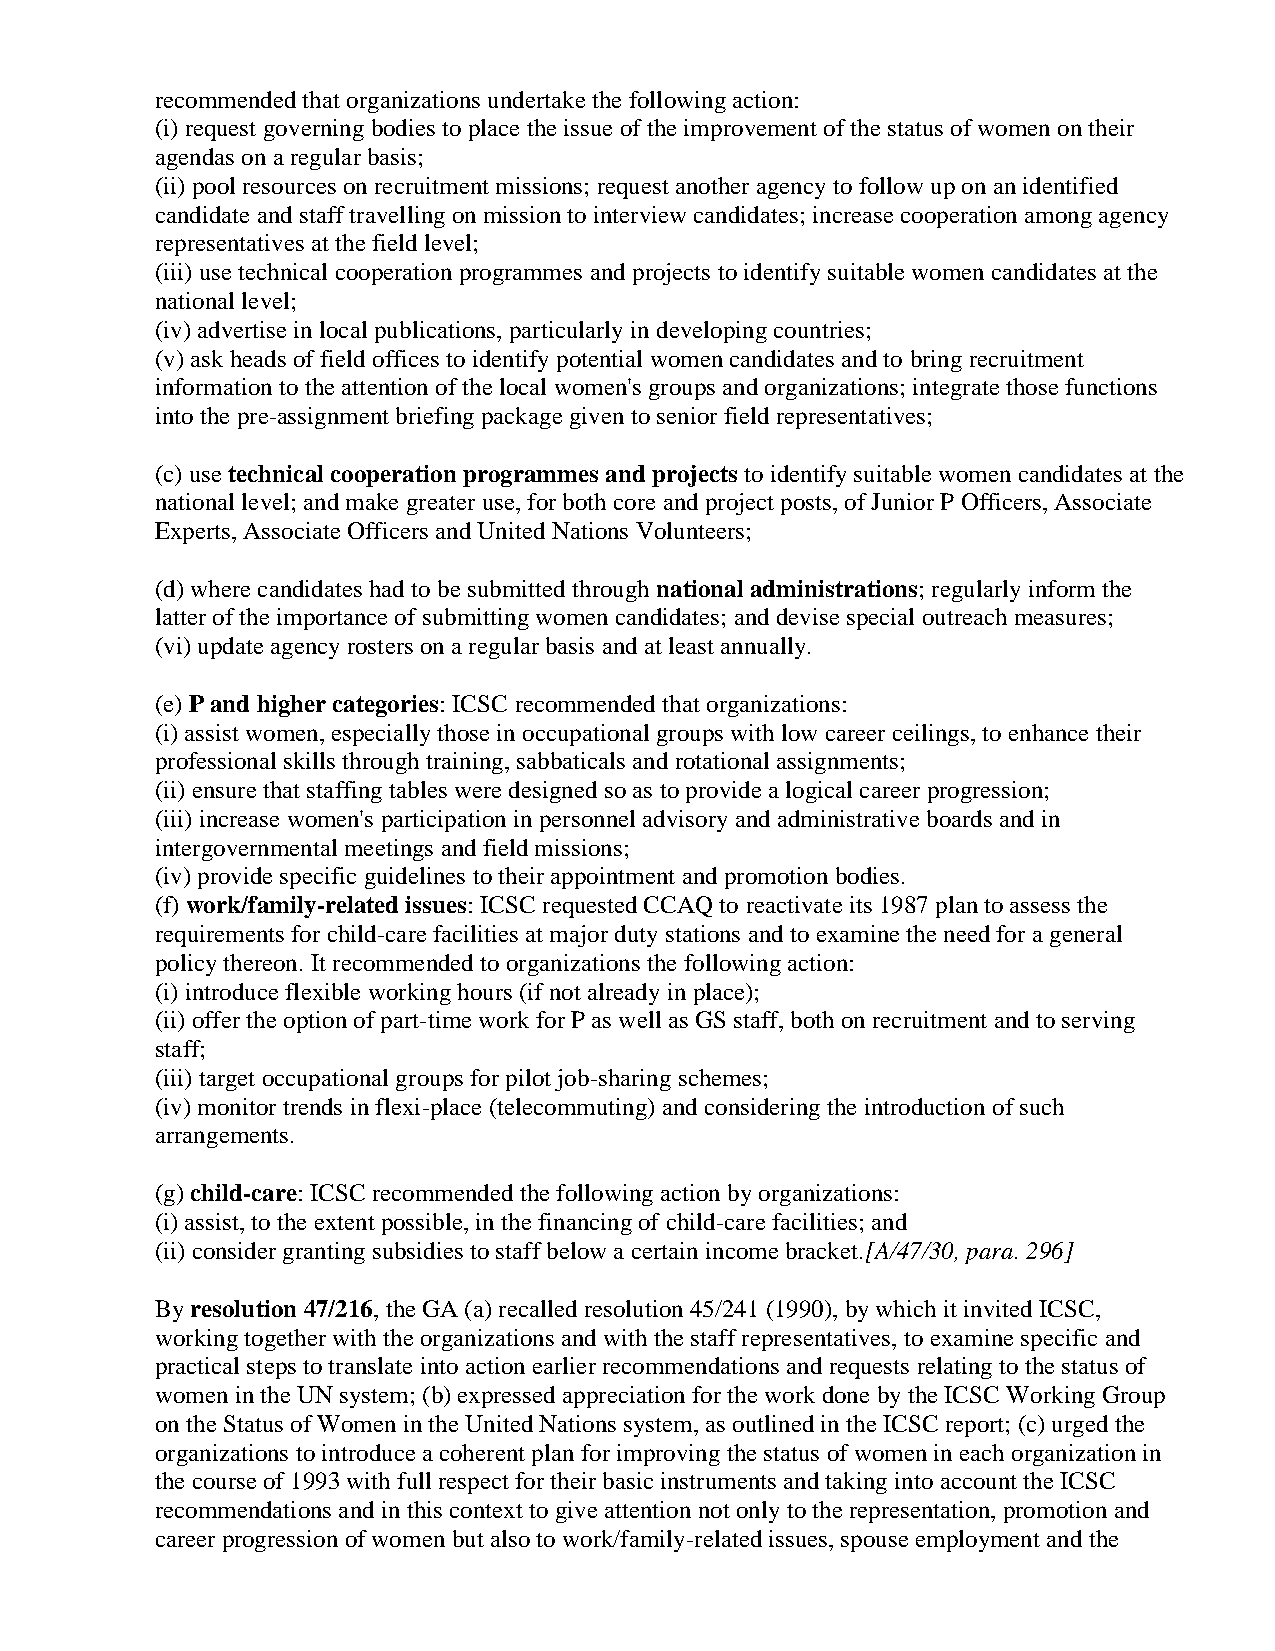
recommended that organizations undertake the following action:
 (i) request governing bodies to place the issue of the improvement of the status of women on their
 agendas on a regular basis;
 (ii) pool resources on recruitment missions; request another agency to follow up on an identified
 candidate and staff travelling on mission to interview candidates; increase cooperation among agency
 representatives at the field level;
 (iii) use technical cooperation programmes and projects to identify suitable women candidates at the
 national level;
 (iv) advertise in local publications, particularly in developing countries;
 (v) ask heads of field offices to identify potential women candidates and to bring recruitment
 information to the attention of the local women's groups and organizations; integrate those functions
 into the pre-assignment briefing package given to senior field representatives;
 (c) use technical cooperation programmes and projects to identify suitable women candidates at the
 national level; and make greater use, for both core and project posts, of Junior P Officers, Associate
 Experts, Associate Officers and United Nations Volunteers;
 (d) where candidates had to be submitted through national administrations; regularly inform the
 latter of the importance of submitting women candidates; and devise special outreach measures;
 (vi) update agency rosters on a regular basis and at least annually.
 (e) P and higher categories: ICSC recommended that organizations:
 (i) assist women, especially those in occupational groups with low career ceilings, to enhance their
 professional skills through training, sabbaticals and rotational assignments;
 (ii) ensure that staffing tables were designed so as to provide a logical career progression;
 (iii) increase women's participation in personnel advisory and administrative boards and in
 intergovernmental meetings and field missions;
 (iv) provide specific guidelines to their appointment and promotion bodies.
 (f) work/family-related issues: ICSC requested CCAQ to reactivate its 1987 plan to assess the
 requirements for child-care facilities at major duty stations and to examine the need for a general
 policy thereon. It recommended to organizations the following action:
 (i) introduce flexible working hours (if not already in place);
 (ii) offer the option of part-time work for P as well as GS staff, both on recruitment and to serving
 staff;
 (iii) target occupational groups for pilot job-sharing schemes;
 (iv) monitor trends in flexi-place (telecommuting) and considering the introduction of such
 arrangements.
 (g) child-care: ICSC recommended the following action by organizations:
 (i) assist, to the extent possible, in the financing of child-care facilities; and
 (ii) consider granting subsidies to staff below a certain income bracket.[A/47/30, para. 296]
 By resolution 47/216, the GA (a) recalled resolution 45/241 (1990), by which it invited ICSC,
 working together with the organizations and with the staff representatives, to examine specific and
 practical steps to translate into action earlier recommendations and requests relating to the status of
 women in the UN system; (b) expressed appreciation for the work done by the ICSC Working Group
 on the Status of Women in the United Nations system, as outlined in the ICSC report; (c) urged the
 organizations to introduce a coherent plan for improving the status of women in each organization in
 the course of 1993 with full respect for their basic instruments and taking into account the ICSC
 recommendations and in this context to give attention not only to the representation, promotion and
 career progression of women but also to work/family-related issues, spouse employment and the